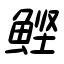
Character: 鰹